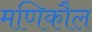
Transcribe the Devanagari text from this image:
मणिकौल